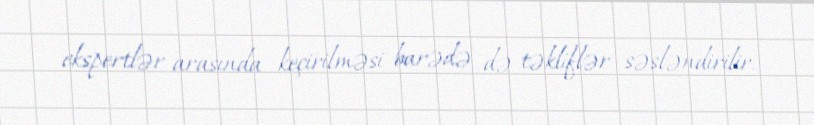
ekspertlər arasında keçirilməsi barədə də təkliflər səsləndirilir.